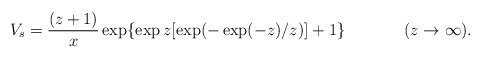
\begin{align*}V_s = \frac{(z+1)}{x}\exp\{\exp z[\exp (-\exp (-z)/z)] + 1\} \hspace{1.5cm}(z\rightarrow\infty ).\end{align*}